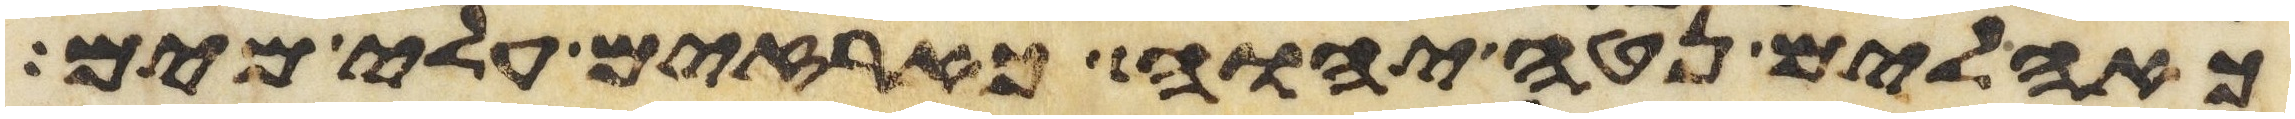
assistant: כאהלים נטה יהוה כארזים עלי מים